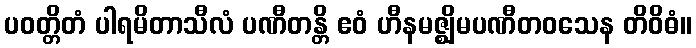
ပဝတ္တိတံ ပါရမိတာသီလံ ပဏီတန္တိ ဧဝံ ဟီနမဇ္ဈိမပဏီတဝသေန တိဝိဓံ။